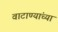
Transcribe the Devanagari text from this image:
वाटाण्यांच्या